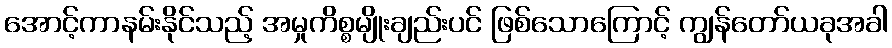
အောင့်ကာနမ်းနိုင်သည့် အမှုကိစ္စမျိုးချည်းပင် ဖြစ်သောကြောင့် ကျွန်တော်ယခုအခါ